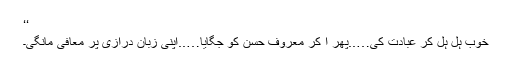
‘‘
خوب ہل ہل کر عبادت کی…..پھر آ کر معروف حسن کو جگایا…..اپنی زبان درازی پر معافی مانگی۔